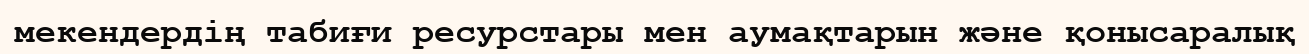
мекендердің табиғи ресурстары мен аумақтарын және қонысаралық